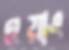
ওয়াং